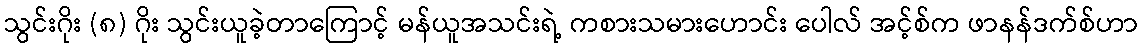
သွင်းဂိုး (၈) ဂိုး သွင်းယူခဲ့တာကြောင့် မန်ယူအသင်းရဲ့ ကစားသမားဟောင်း ပေါလ် အင့်စ်က ဖာနန်ဒက်စ်ဟာ